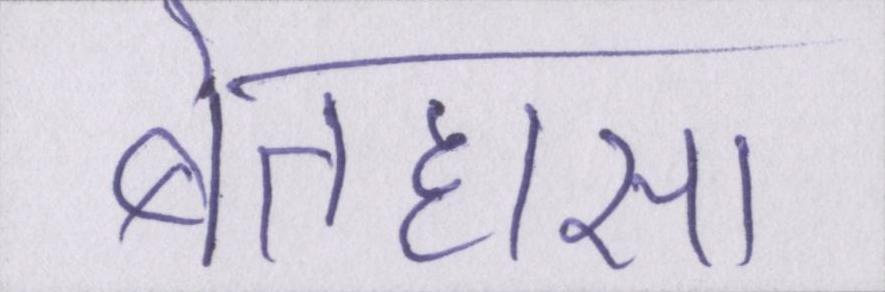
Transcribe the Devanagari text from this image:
बेतहासा